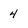
Character: 4